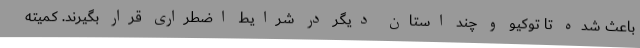
باعث شده تا توکیو و چند استان دیگر در شرایط اضطراری قرار بگیرند. کمیته